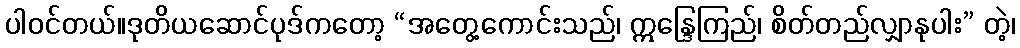
ပါဝင်တယ်။ဒုတိယဆောင်ပုဒ်ကတော့ “အတွေ့ကောင်းသည်၊ ဣန္ဒြေကြည်၊ စိတ်တည်လျှာနုပါး” တဲ့၊